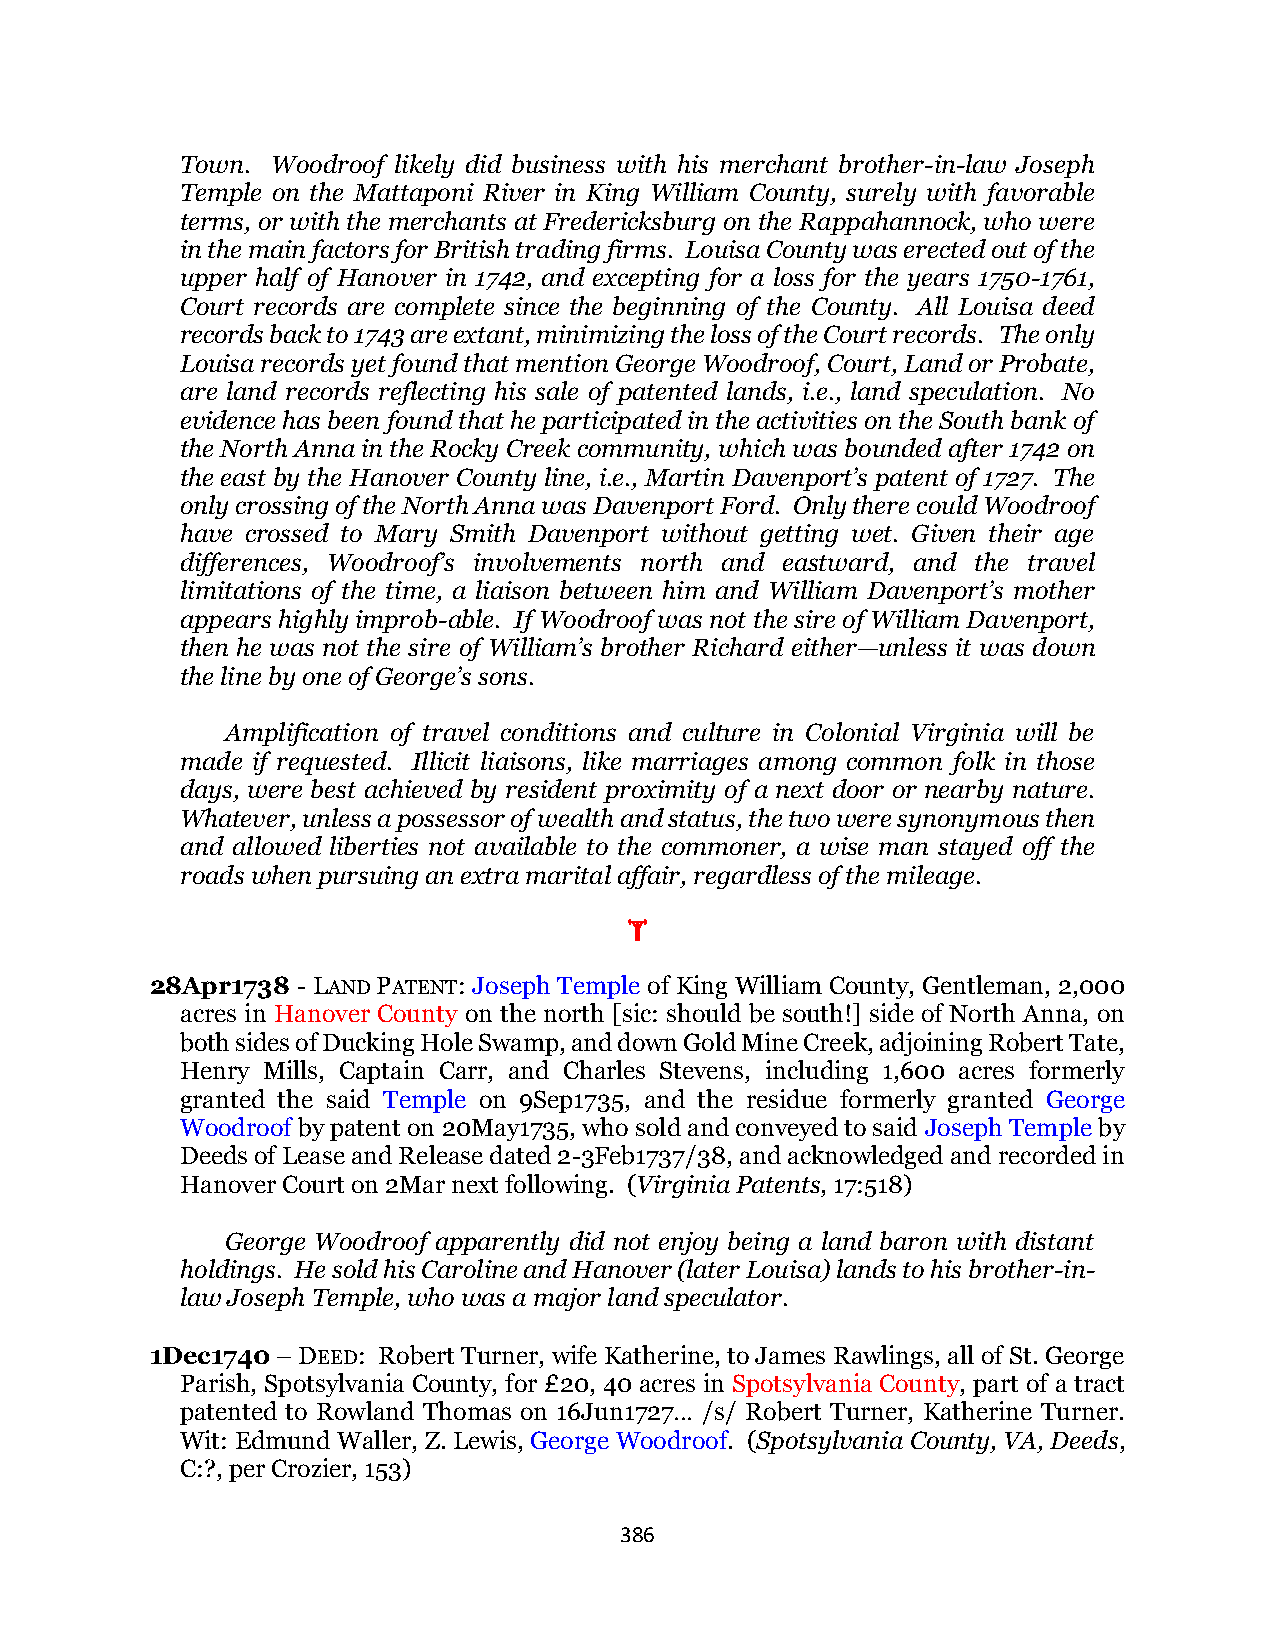
Town. Woodroof likely did business with his merchant brother-in-law Joseph
 Temple on the Mattaponi River in King William County, surely with favorable
 terms, or with the merchants at Fredericksburg on the Rappahannock, who were
 in the main factors for British trading firms. Louisa County was erected out of the
 upper half of Hanover in 1742, and excepting for a loss for the years 1750-1761,
 Court records are complete since the beginning of the County. All Louisa deed
 records back to 1743 are extant, minimizing the loss of the Court records. The only
 Louisa records yet found that mention George Woodroof, Court, Land or Probate,
 are land records reflecting his sale of patented lands, i.e., land speculation. No
 evidence has been found that he participated in the activities on the South bank of
 the North Anna in the Rocky Creek community, which was bounded after 1742 on
 the east by the Hanover County line, i.e., Martin Davenport’s patent of 1727. The
 only crossing of the North Anna was Davenport Ford. Only there could Woodroof
 have crossed to Mary Smith Davenport without getting wet. Given their age
 differences, Woodroof’s involvements north and eastward, and the travel
 limitations of the time, a liaison between him and William Davenport’s mother
 appears highly improb-able. If Woodroof was not the sire of William Davenport,
 then he was not the sire of William’s brother Richard either—unless it was down
 the line by one of George’s sons.
 Amplification of travel conditions and culture in Colonial Virginia will be
 made if requested. Illicit liaisons, like marriages among common folk in those
 days, were best achieved by resident proximity of a next door or nearby nature.
 Whatever, unless a possessor of wealth and status, the two were synonymous then
 and allowed liberties not available to the commoner, a wise man stayed off the
 roads when pursuing an extra marital affair, regardless of the mileage.
 
 28Apr1738 - LAND PATENT: Joseph Temple of King William County, Gentleman, 2,000
 acres in Hanover County on the north [sic: should be south!] side of North Anna, on
 both sides of Ducking Hole Swamp, and down Gold Mine Creek, adjoining Robert Tate,
 Henry Mills, Captain Carr, and Charles Stevens, including 1,600 acres formerly
 granted the said Temple on 9Sep1735, and the residue formerly granted George
 Woodroof by patent on 20May1735, who sold and conveyed to said Joseph Temple by
 Deeds of Lease and Release dated 2-3Feb1737/38, and acknowledged and recorded in
 Hanover Court on 2Mar next following. (Virginia Patents, 17:518)
 George Woodroof apparently did not enjoy being a land baron with distant
 holdings. He sold his Caroline and Hanover (later Louisa) lands to his brother-in-
 law Joseph Temple, who was a major land speculator.
 1Dec1740 – DEED: Robert Turner, wife Katherine, to James Rawlings, all of St. George
 Parish, Spotsylvania County, for £20, 40 acres in Spotsylvania County, part of a tract
 patented to Rowland Thomas on 16Jun1727… /s/ Robert Turner, Katherine Turner.
 Wit: Edmund Waller, Z. Lewis, George Woodroof. (Spotsylvania County, VA, Deeds,
 C:?, per Crozier, 153)
 386